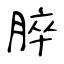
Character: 脺